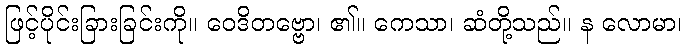
ဖြင့်ပိုင်းခြားခြင်းကို။ ဝေဒိတဗ္ဗော၊ ၏။ ကေသာ၊ ဆံတို့သည်။ န လောမာ၊